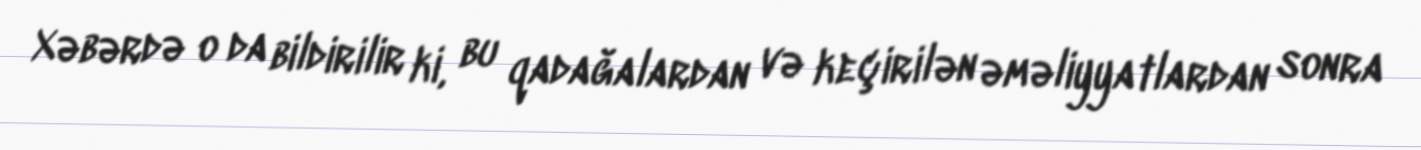
Xəbərdə o da bildirilir ki, bu qadağalardan və keçirilən əməliyyatlardan sonra